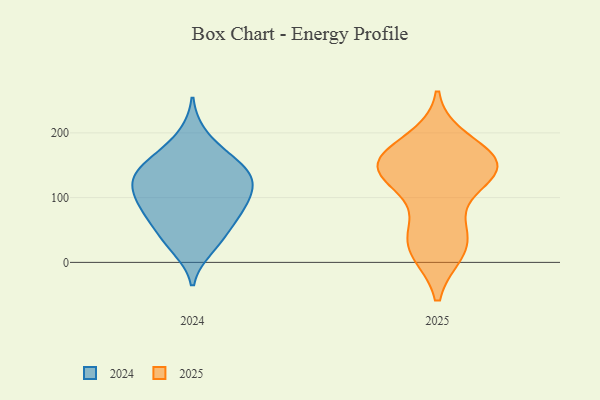
{"axis": {"x": "Revenue (USD Million)", "y": "Value"}, "legend": ["2024", "2025"], "data": [{"x": "", "y": 137, "type": "2025"}, {"x": "", "y": 27, "type": "2025"}, {"x": "", "y": 27, "type": "2025"}, {"x": "", "y": 61, "type": "2025"}, {"x": "", "y": 145, "type": "2025"}, {"x": "", "y": 154, "type": "2025"}, {"x": "", "y": 143, "type": "2025"}, {"x": "", "y": 186, "type": "2025"}, {"x": "", "y": 138, "type": "2025"}, {"x": "", "y": 159, "type": "2025"}, {"x": "", "y": 19, "type": "2025"}, {"x": "", "y": 151, "type": "2025"}, {"x": "", "y": 139, "type": "2024"}, {"x": "", "y": 197, "type": "2024"}, {"x": "", "y": 135, "type": "2024"}, {"x": "", "y": 22, "type": "2024"}, {"x": "", "y": 117, "type": "2024"}, {"x": "", "y": 29, "type": "2024"}, {"x": "", "y": 43, "type": "2024"}, {"x": "", "y": 105, "type": "2024"}, {"x": "", "y": 126, "type": "2024"}, {"x": "", "y": 122, "type": "2024"}, {"x": "", "y": 74, "type": "2024"}, {"x": "", "y": 165, "type": "2024"}, {"x": "", "y": 158, "type": "2024"}, {"x": "", "y": 102, "type": "2024"}, {"x": "", "y": 68, "type": "2024"}, {"x": "", "y": 76, "type": "2024"}, {"x": "", "y": 151, "type": "2024"}, {"x": "", "y": 84, "type": "2024"}]}